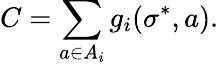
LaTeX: C=\sum_{a\in A_{i}}g_{i}(\sigma^{*},a).